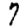
Digit: 7